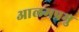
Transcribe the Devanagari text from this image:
आलमप्रभु